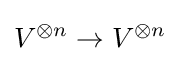
V^{\otimes n}\to V^{\otimes n}